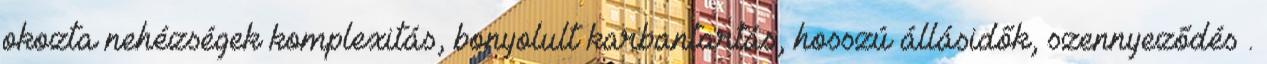
okozta nehézségek komplexitás, bonyolult karbantartás, hosszú állásidők, szennyeződés .